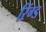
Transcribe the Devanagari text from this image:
रिंग्ड